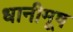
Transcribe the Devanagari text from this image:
धानीमूष